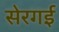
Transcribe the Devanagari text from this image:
सेरगई